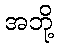
အဘို့